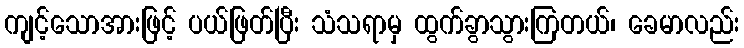
ကျင့်သောအားဖြင့် ပယ်ဖြတ်ပြီး သံသရာမှ ထွက်ခွာသွားကြတယ်၊ ခေမာလည်း